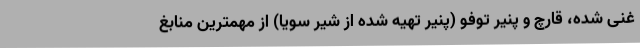
غنی شده، قارچ و پنیر توفو (پنیر تهیه شده از شیر سویا) از مهمترین منابغ